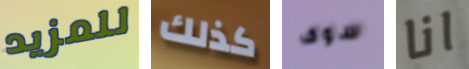
للمزيد كذلك سوف انا